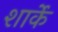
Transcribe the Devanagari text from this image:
शार्के